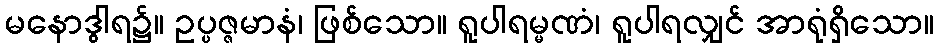
မနောဒွါရ၌။ ဥပ္ပဇ္ဇမာနံ၊ ဖြစ်သော။ ရူပါရမ္မဏံ၊ ရူပါရလျှင် အာရုံရှိသော။